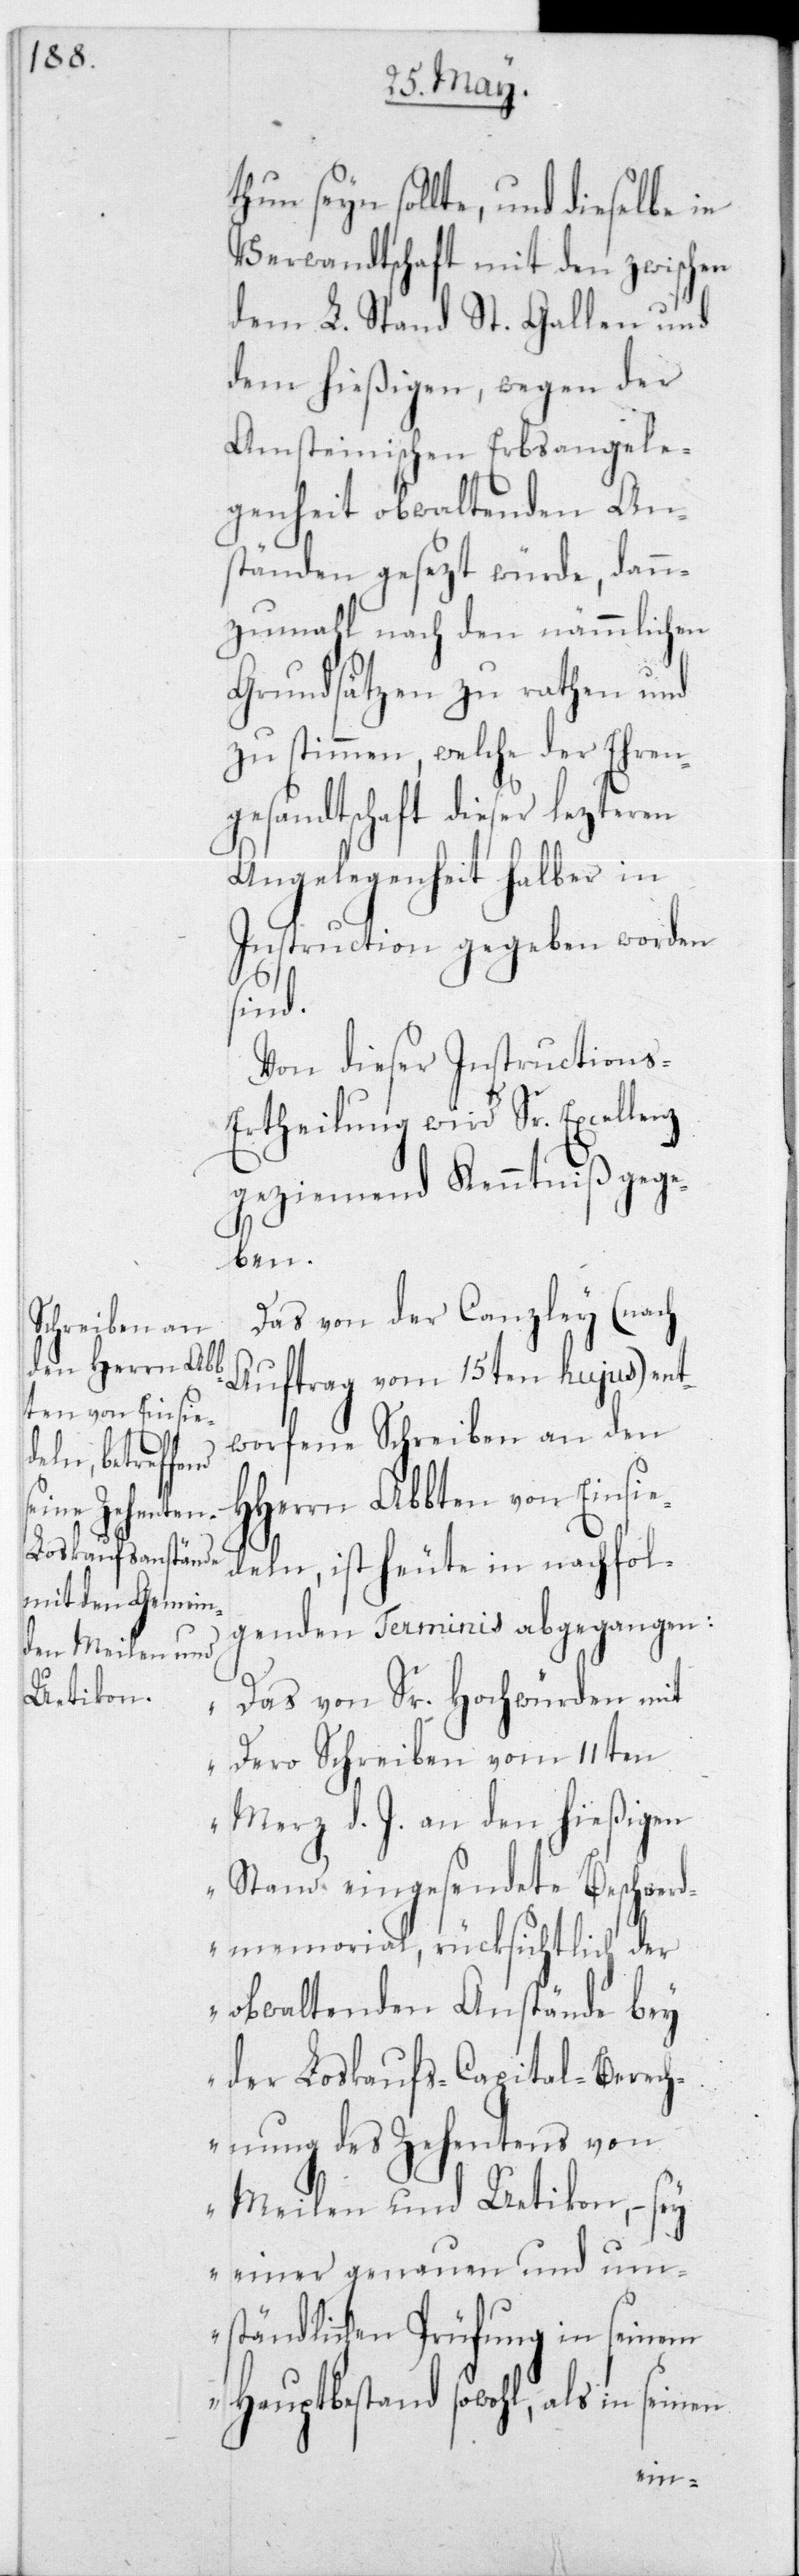
thun seyn sollte, und dieselbe in
Verwandtschaft mit den zwischen
dem L. Stand St. Gallen und
dem hießigen, wegen der
Amsteinischen Erbsangele¬
genheit obwaltenden An¬
ständen gesezt würde, dann¬
zumahl nach den nämmlichen
Grundsätzen zu rathen und
zu stimmen, welche der Ehren¬
gesandtschaft dieser lezteren
Angelegenheit halber in
Instruction gegeben worden
sind.
Von dieser Instructions-E¬
rtheilung wird Sr. Excellenz
geziemend Kenntniß gege¬
ben.
Das von der Canzley (nach
Auftrag vom 15ten hujus) ent¬
worfene Schreiben an den
HHerrn Abbten von Einsie¬
deln, ist heute in nachfol¬
genden Terminis abgegangen:
„Das von Sr. Hochwürden mit
Dero Schreiben vom 11ten
Merz d. J. an den hießigen
Stand eingesendete Beschwerd¬
memorial, rücksichtlich der
obwaltenden Anstände bey
der Loskaufs-Capital-Berech¬
nung des Zehentens von
Meilen und Uetikon, – sey
einer genauen und um¬
ständlichen Prüfung in seinem
Hauptbestand sowohl, als in seinen